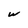
Character: w